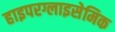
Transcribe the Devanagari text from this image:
हाइपरग्लाइसेमिक